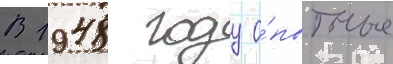
В 1948 году о́пытные